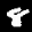
Label: 8